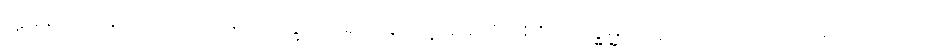
ဣမေ၊ ဤသည်တို့တည်း။ ဘိက္ခဝေ၊ ရဟန်းတို့။ ခေါ၊ စင်စစ်။ သဒ္ဓမ္မာ၊ သူတော်ကောင်းတရားတို့သည်။